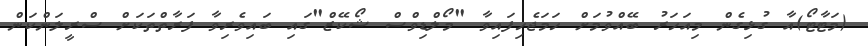
(މަޓާޓޯ)އާ ގުޅިގެން މިއަހަރު ބޭއްވުމަށް ހަމަޖެހިފައިވާ "މޯލްޑިވްސް ޝޯކޭޒް"ގައި ބައިވެރިވާ ފަރާތްތަކަށް ސްރީލަންކަން